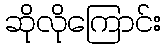
ဆိုလိုကြောင်း